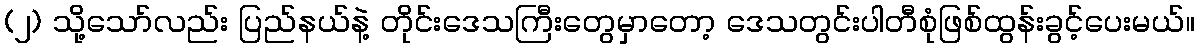
(၂) သို့သော်လည်း ပြည်နယ်နဲ့ တိုင်းဒေသကြီးတွေမှာတော့ ဒေသတွင်းပါတီစုံဖြစ်ထွန်းခွင့်ပေးမယ်။